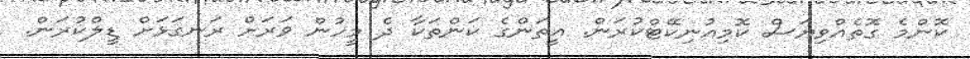
ކޮންމެ ގޮތެއްވިޔަސް ކޮމިއުނިކޭޓްކުރަން. އީތަންގެ ކަންތަކާ ދެ މީހުން ވަރަށް ރަނގަޅަށް ޑީލްކުރަން.